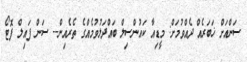
ސަންއަށް ޚަބަރެއް ދެއްވުމަށް: މީޑިއާ ކައުންސިލް ބައްދަލުވުމެއްގެ ތެރެއިން-- ސަން ފައިލް ފޮޓޯ